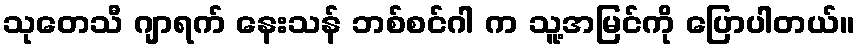
သုတေသီ ဂျာရက် နေးသန် ဘစ်စင်ဂါ က သူ့အမြင်ကို ပြောပါတယ်။